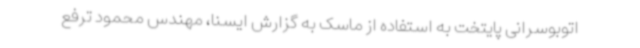
اتوبوسرانی پایتخت به استفاده از ماسک به گزارش ایسنا، مهندس محمود ترفع